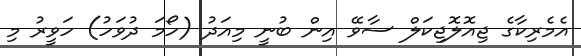
އެމެރިކާގެ ޖިއޮލޮޖިކަލް ސާވޭ އިން ބުނީ މިއަދު (ހޯމަ ދުވަހު) ހަވީރު މި